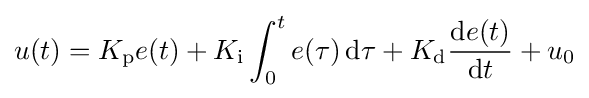
u(t)=K_{\text{p}}e(t)+K_{\text{i}}\int _{0}^{t}e(\tau )\,\mathrm {d} \tau +K_{\text{d}}{\frac {\mathrm {d} e(t)}{\mathrm {d} t}}+u_{0}